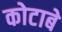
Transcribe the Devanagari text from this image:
कोटाबे